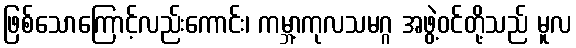
ဖြစ်သောကြောင့်လည်းကောင်း၊ ကမ္ဘာ့ကုလသမဂ္ဂ အဖွဲ့ဝင်တို့သည် မူလ